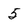
Character: 5